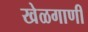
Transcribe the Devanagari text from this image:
खेळगाणी